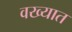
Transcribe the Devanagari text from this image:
वख्यात